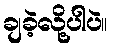
ချခဲ့လို့ပါပဲ။